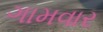
ગામવાર